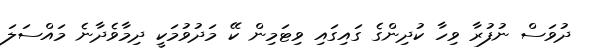
ދުވަސް ނުފުރާ ވިހާ ކުދިންގެ ގައިގައި ވިޓަމިން ކޭ މަދުވުމަކީ ދިމާވެދާނެ މައްސަލަ